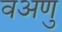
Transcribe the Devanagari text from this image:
वअणु